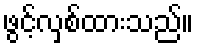
ဖွင့်လှစ်ထားသည်။